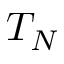
T _ { N }